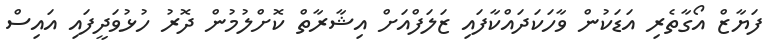
ފަޔާޒް އޯގާތެރި އަޑަކުން ވާހަކަދައްކާފައި ޒަލަފްއަށް އިޝާރާތް ކޮށްލުމުން ދޮރު ހުޅުވަދީފައި އައިސް